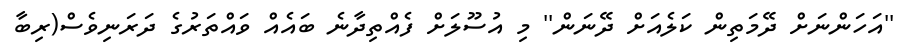
''އަހަންނަށް ދޭމަތިން ކަލެއަށް ދޭނަން'' މި އުސޫލަށް ފެއްތިދާނެ ބައެއް ވައްތަރުގެ ދަރަނިވެސް(ރިބާ